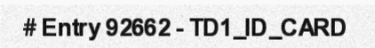
# Entry 92662 - TD1_ID_CARD